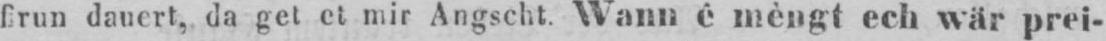
frun dauert, da get et mir Angscht. Wann ê mèngt ech wär prei-